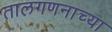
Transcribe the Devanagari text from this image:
तालगणनाच्या